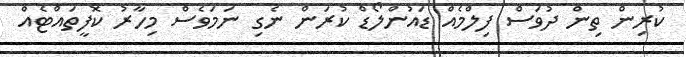
ކުރިން ތިން ދުވަސް ފިލްމެއް ޑައުންލޯޑް ކުރަން ނެގި ނަމަވެސް މިހާރު ކޮފީތައްޓެއް